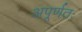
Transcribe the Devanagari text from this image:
अपूर्णतः